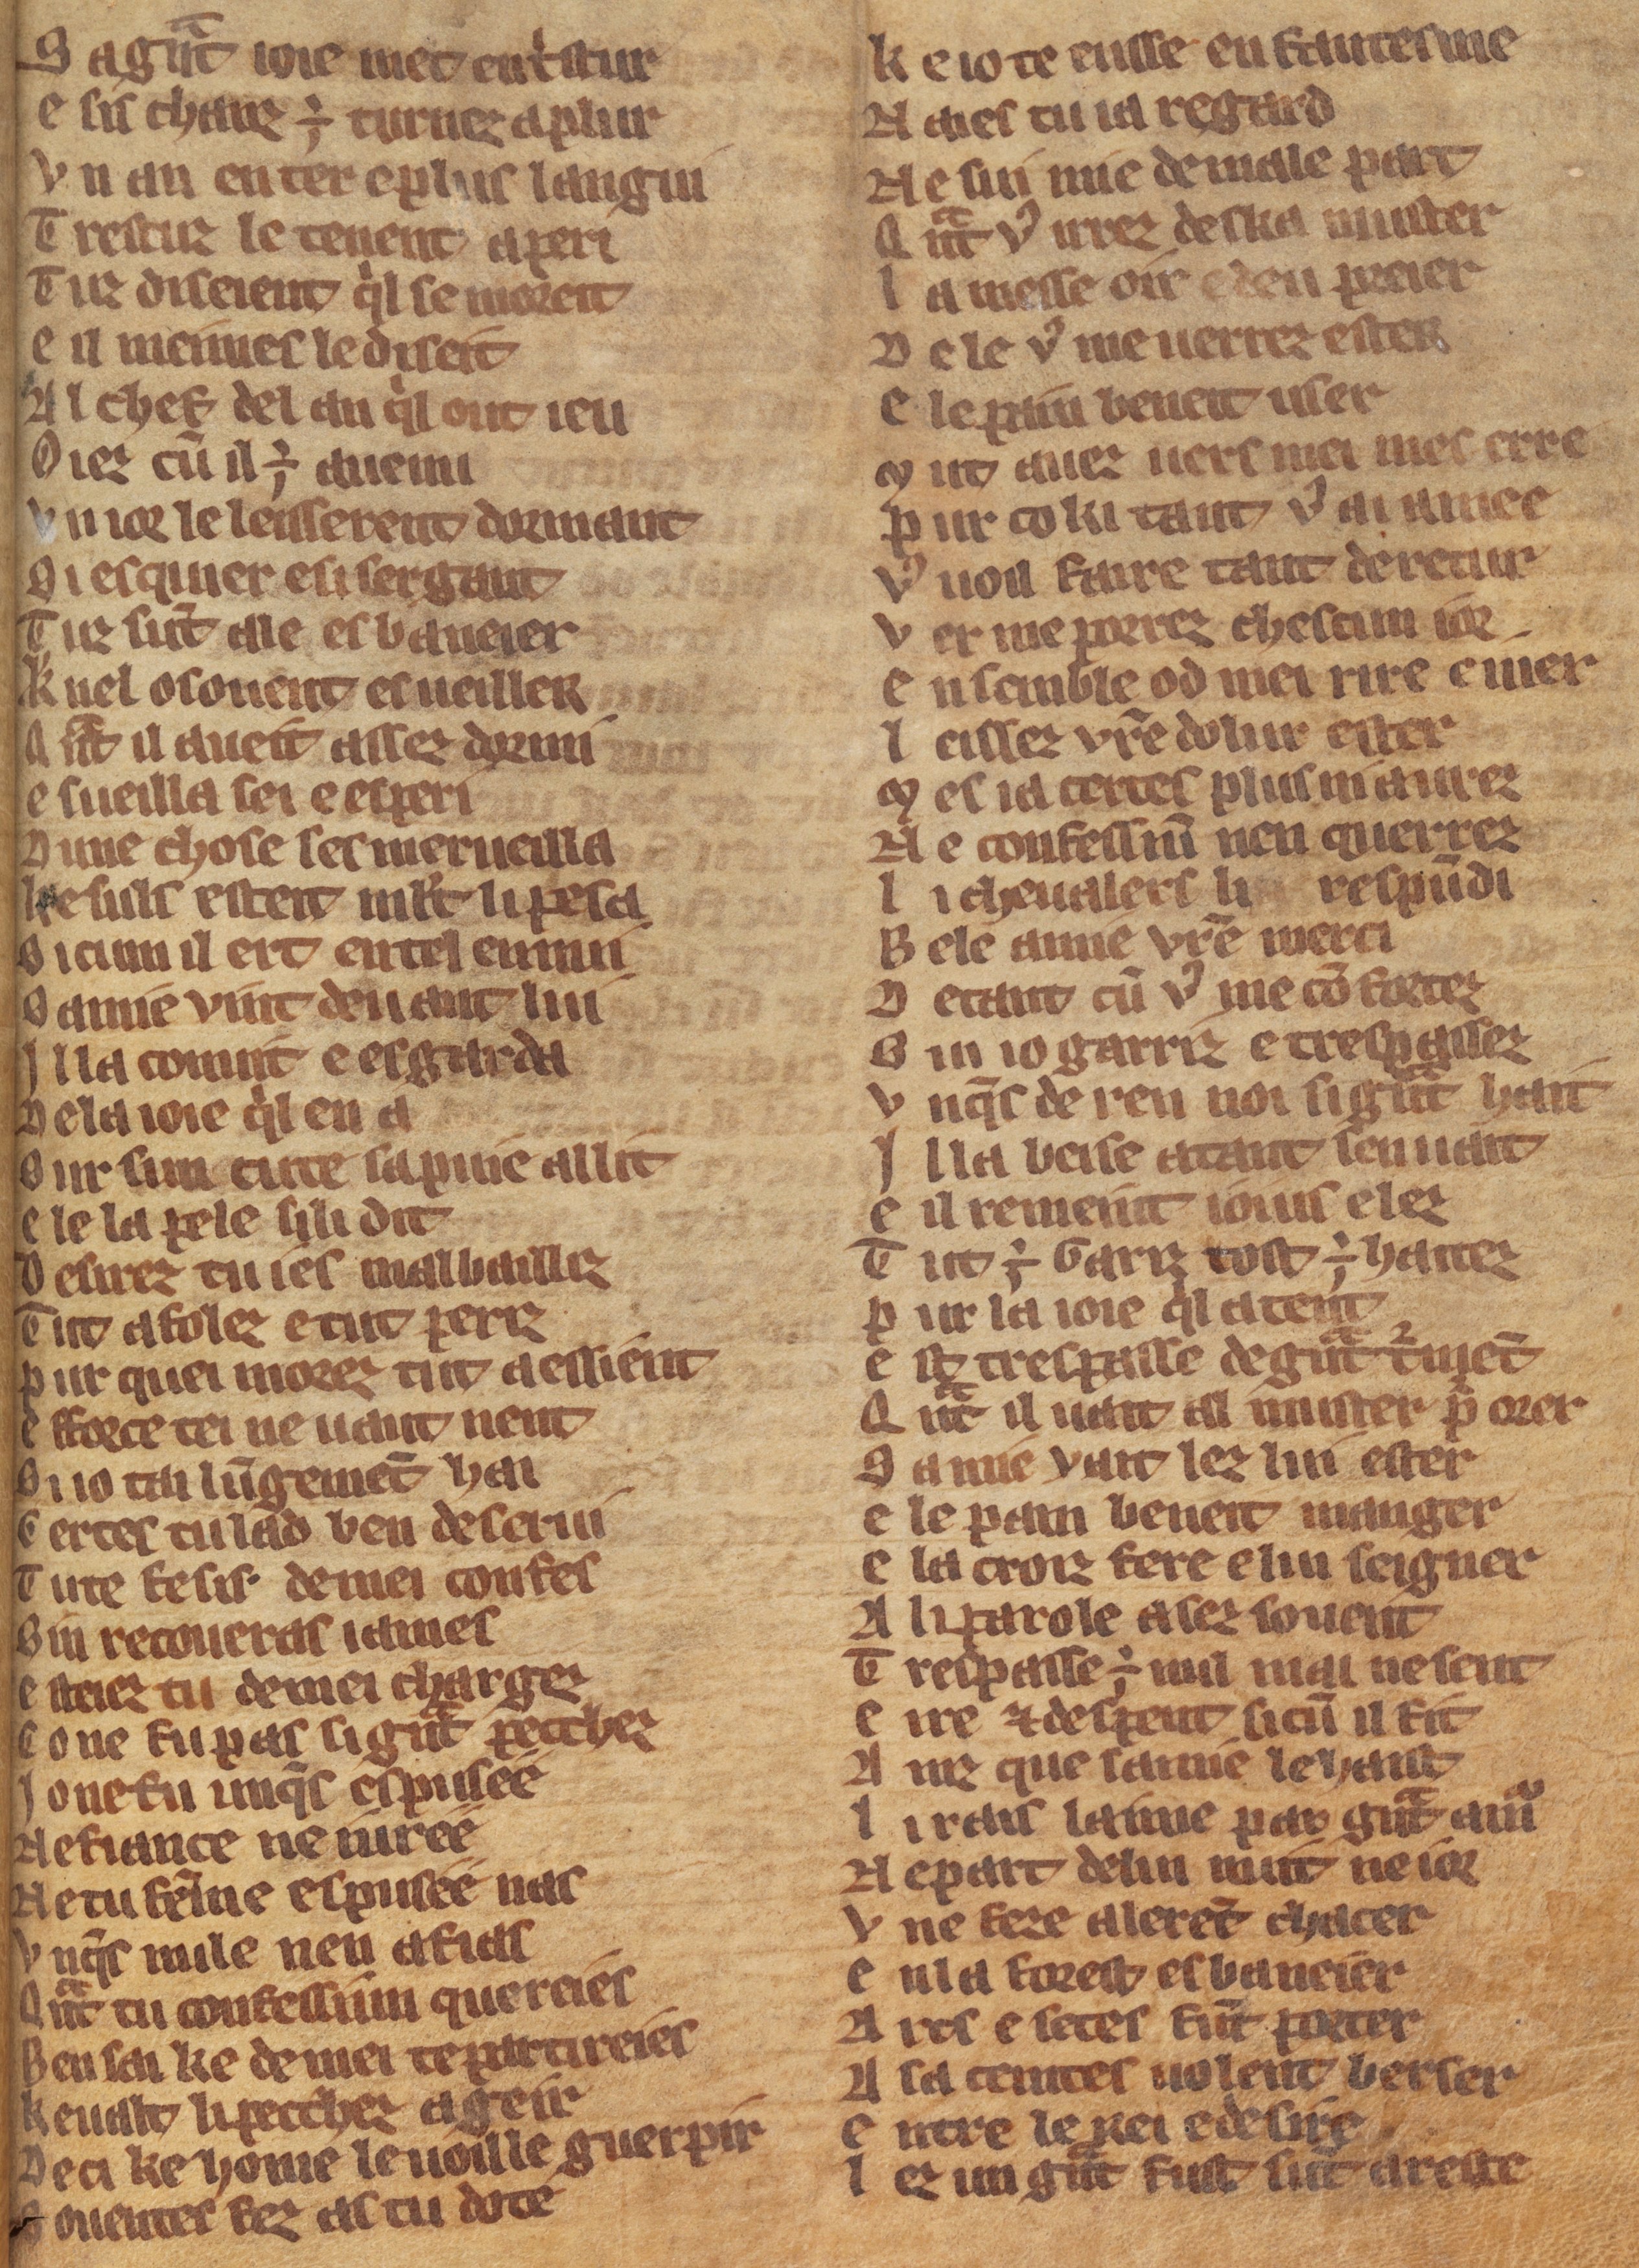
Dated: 1270–1330